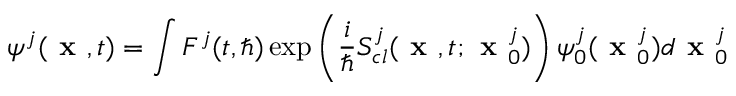
\psi ^ { j } ( \textbf { x } , t ) = \int F ^ { j } ( t , \hbar ) \exp \left( \frac { i } { \hbar } S _ { c l } ^ { j } ( \textbf { x } , t ; \textbf { x } _ { 0 } ^ { j } ) \right) \psi _ { 0 } ^ { j } ( \textbf { x } _ { 0 } ^ { j } ) d \textbf { x } _ { 0 } ^ { j }